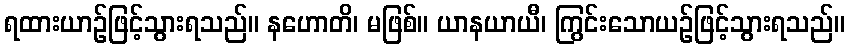
ရထားယာဉ်ဖြင့်သွားရသည်။ နဟောတိ၊ မဖြစ်။ ယာနယာယီ၊ ကြွင်းသောယဉ်ဖြင့်သွားရသည်။